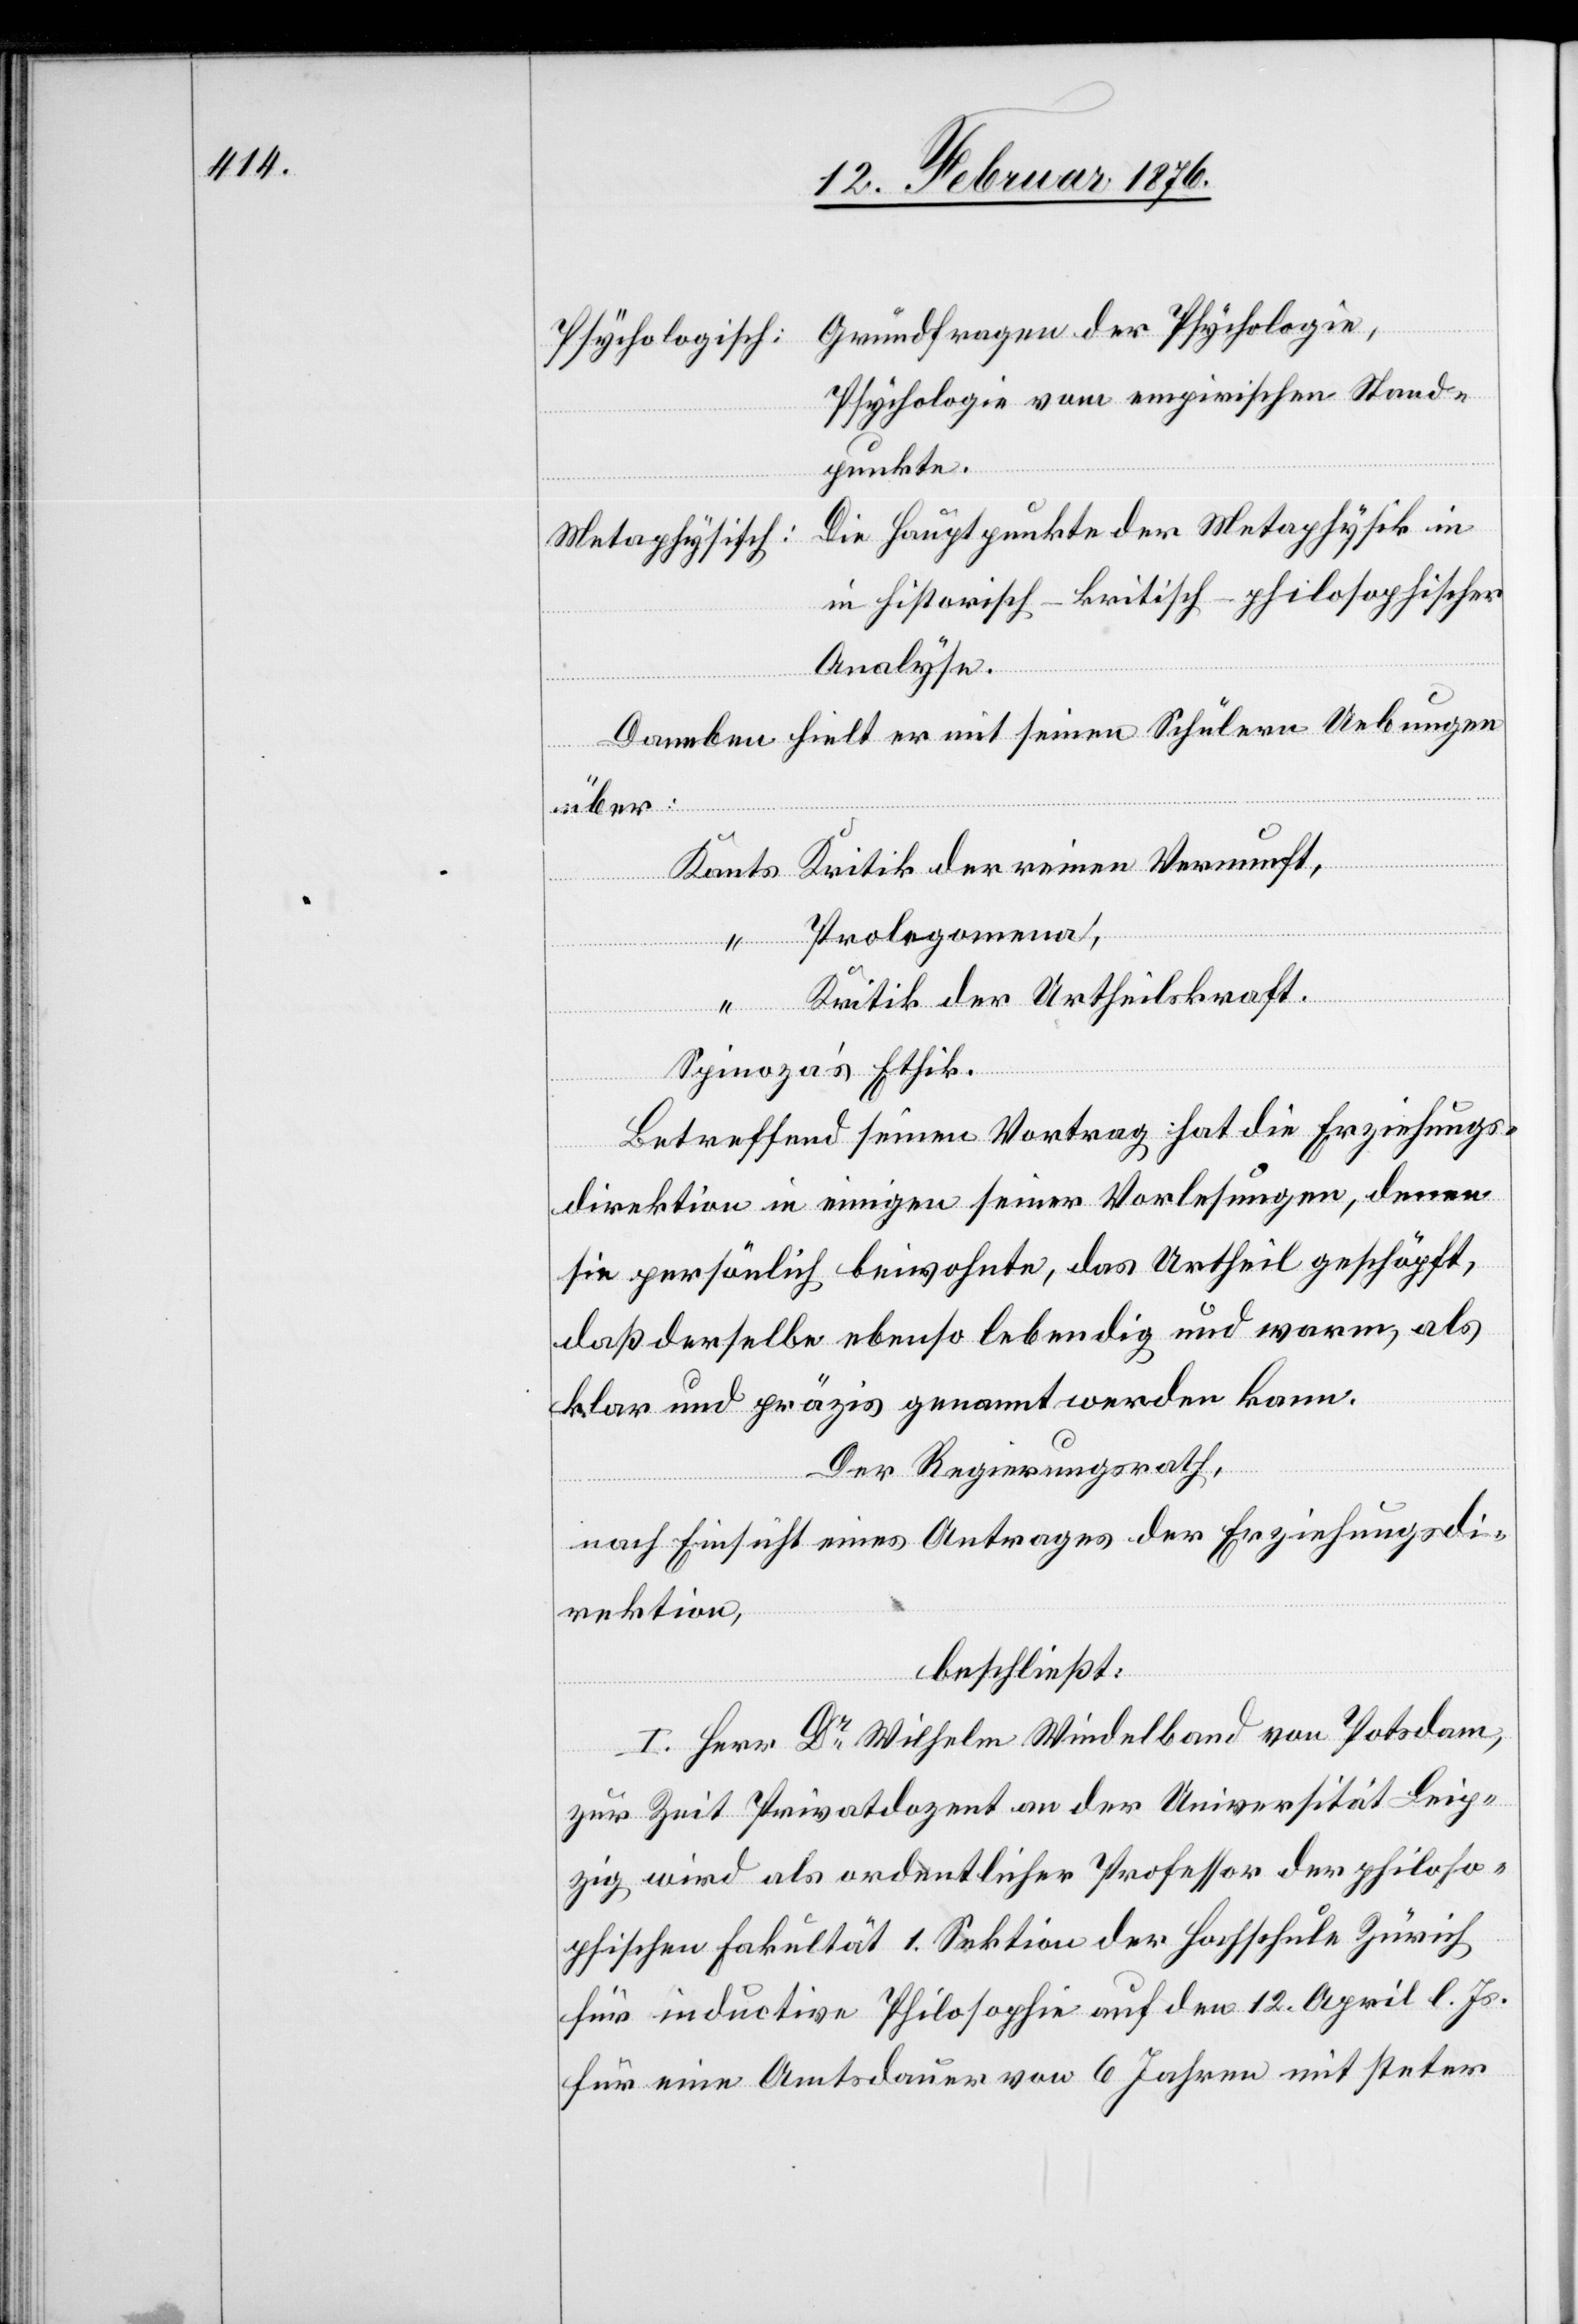
Grundfragen der Psychologie,
Psychologisch:
Psychologie vom empirischen Stand¬
punkte.
Die Hauptpunkte der Metaphysik in
Metaphysisch:
historisch-kritisch-philosophischer
Analyse.
Daneben hielt er mit seinen Schülern Uebungen
in
über:
Kritik der reinen Vernunft
Prolegomena
Kritik der Urtheilskraft.
Betreffend seinem Vortrag hat die Erziehungs¬
direktion in einigen seiner Vorlesungen, denen
sie persönlich beiwohnte, das Urtheil geschöpft,
daß derselbe ebenso lebendig und warm, als
klar und präzis genannt werden kann.
Der Regierungsrath,
nach Einsicht eines Antrages der Erziehungsdi¬
rektion,
beschließt:
I. Herr Dr Wilhelm Windelband von Potsdam,
zur Zeit Privatdozent an der Universität Leip¬
zig wird als ordentlicher Professor der philoso¬
phischen Fakultät 1. Sektion der Hochschule Zürich
für inductive Philosophie auf den 12. April l. Js.
für eine Amtsdauer von 6 Jahren mit steter